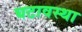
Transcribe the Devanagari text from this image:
घटावस्था